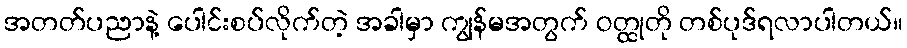
အတတ်ပညာနဲ့ ပေါင်းစပ်လိုက်တဲ့ အခါမှာ ကျွန်မအတွက် ဝတ္ထုတို တစ်ပုဒ်ရလာပါတယ်။